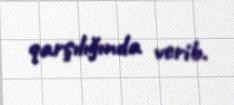
qarşılığında verib.